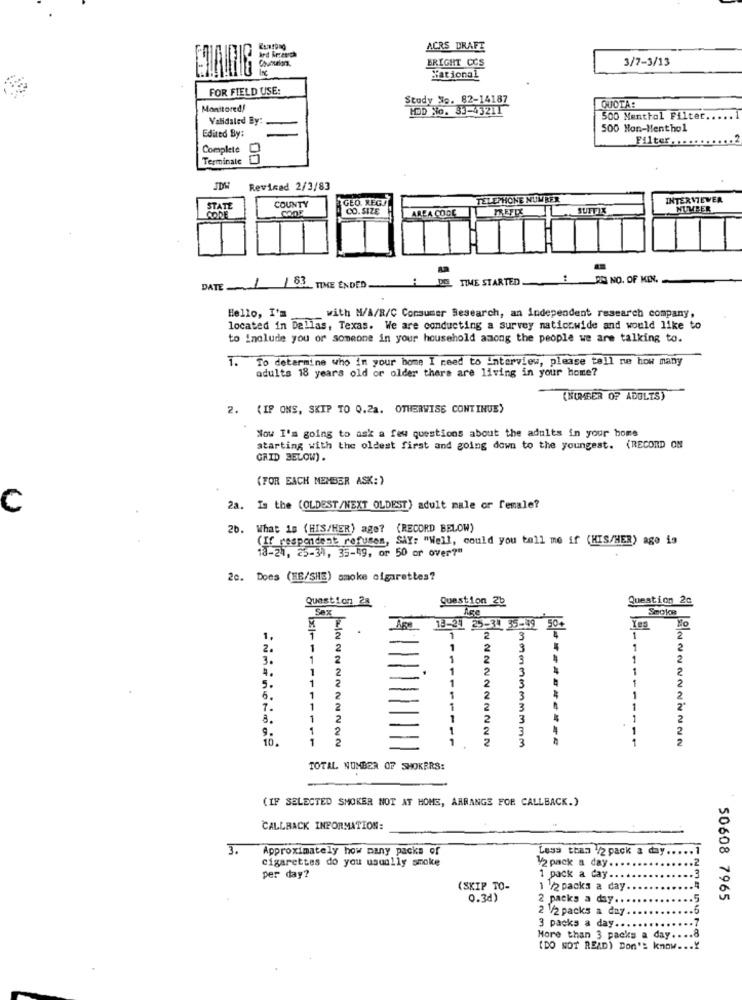
ACRS DRAFT
3/7-3/13
BRIGHT CCS
National
FOR FIELD USE:
Study No. 82-14187
Monitored!
HOD No. 33-43211
QUOTA:
Validaled By:
500 Menthol Filter ..
Edited By:
500 Non-Menthol
Filter. .... .....
Complete
Terminale
Revisad 2/3/83
COUNTY
GEO. REG/
TELEPHONE NUMBER
INTERVIEWER
STATE
CO.SIZE
AREA CODE
SUTTIX
NUMBER
TIME STARTED
ERO NO. OF MIN.
DATE 1 53 TIME ENDED
Hello, I'm
with N/A/R/C Consumer Research, an independent research company,
located in Dallas, Texas. We are conducting a survey nationwide and would like to
to include you or someone in your household among the people we are talking to.
1. To determine who in your home I need to interview, please tell me how many
adults 18 years old or older there are living in your home?
(NUMBER OF ADULTS)
2. (IP ONS, SKIP TO 0.2a. OTHERWISE CONTINUE)
Now I'm going to ask a few questions about the adults in your home
starting with the oldest first and going down to the youngest. (RECORD ON
GRID BELOW) .
(FOR EACH MEMBER ASK:)
C
2a. Is the (OLDEST/NEXT OLDEST) adult male or female?
What is (HIS/HER) age? (RECORD BELOW)
(If respondent refuses, SAY: "Well, could you tell me if (HIS/HER) ago is
18-21, 25-34, 35-49, or 50 or over?"
20. Does (HE/SHE) smoke cigarettes?
Question 28
Question 2b
Question 2c
SAX
Age
Smoke
13-31 25-34 35-49 504
1,
1
1
2
3
1
2
2.
1
2
1
1
2
3.
1
2
1
1
2
4.
1
2
3
2
1
2
1
2
5 .
2
6.
1
2
1
2
3
1
7.
1
2
1
1
2ª
1
2
1
3
1
2
2
1
2
10.
1
2
1
2222222222
1
TOTAL NUMBER OF SHOKERS:
(IF SELECTED SMOKER NOT AT HOME, ARRANGE FOR CALLBACK.)
CALLBACK INFORMATION:
3.
Approximately how many packs of
Less than /2 pack a day ...
cigarettes do you usually smoke
1/2 pack a day .... .
per day?
1 pack a day ...
(SKIP TO-
1 /2 packs a day.
0.3d)
2 packs a day ..
50608 7965
2 /2 packs a day.
3 packs a day ....
More than 3 packs a day ..
(DO NOT READ) Don't know ... Y